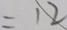
= 1 2